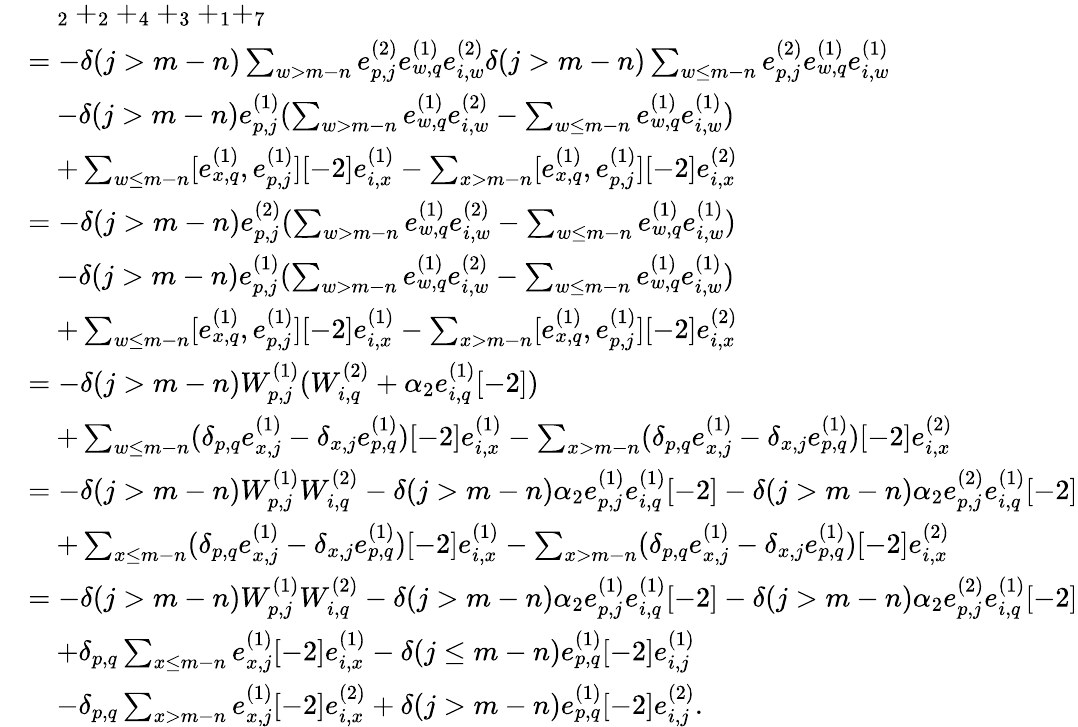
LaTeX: \begin{array}{rl}&{\quad_{2}+_{2}+_{4}+_{3}+_{1}+_{7}}\\ &{=-\delta(j>m-n)\sum_{w>m-n}e_{p,j}^{(2)}e_{w,q}^{(1)}e_{i,w}^{(2)}\delta(j>m-n)\sum_{\substack{w\leq m-n}}e_{p,j}^{(2)}e_{w,q}^{(1)}e_{i,w}^{(1)}}\\ &{\quad-\delta(j>m-n)e_{p,j}^{(1)}(\sum_{w>m-n}e_{w,q}^{(1)}e_{i,w}^{(2)}-\sum_{w\leq m-n}e_{w,q}^{(1)}e_{i,w}^{(1)})}\\ &{\quad+\sum_{\substack{w\leq m-n}}[e_{x,q}^{(1)},e_{p,j}^{(1)}][-2]e_{i,x}^{(1)}-\sum_{x>m-n}[e_{x,q}^{(1)},e_{p,j}^{(1)}][-2]e_{i,x}^{(2)}}\\ &{=-\delta(j>m-n)e_{p,j}^{(2)}(\sum_{w>m-n}e_{w,q}^{(1)}e_{i,w}^{(2)}-\sum_{\substack{w\leq m-n}}e_{w,q}^{(1)}e_{i,w}^{(1)})}\\ &{\quad-\delta(j>m-n)e_{p,j}^{(1)}(\sum_{w>m-n}e_{w,q}^{(1)}e_{i,w}^{(2)}-\sum_{w\leq m-n}e_{w,q}^{(1)}e_{i,w}^{(1)})}\\ &{\quad+\sum_{\substack{w\leq m-n}}[e_{x,q}^{(1)},e_{p,j}^{(1)}][-2]e_{i,x}^{(1)}-\sum_{x>m-n}[e_{x,q}^{(1)},e_{p,j}^{(1)}][-2]e_{i,x}^{(2)}}\\ &{=-\delta(j>m-n)W_{p,j}^{(1)}(W_{i,q}^{(2)}+\alpha_{2}e_{i,q}^{(1)}[-2])}\\ &{\quad+\sum_{\substack{w\leq m-n}}(\delta_{p,q}e_{x,j}^{(1)}-\delta_{x,j}e_{p,q}^{(1)})[-2]e_{i,x}^{(1)}-\sum_{x>m-n}(\delta_{p,q}e_{x,j}^{(1)}-\delta_{x,j}e_{p,q}^{(1)})[-2]e_{i,x}^{(2)}}\\ &{=-\delta(j>m-n)W_{p,j}^{(1)}W_{i,q}^{(2)}-\delta(j>m-n)\alpha_{2}e_{p,j}^{(1)}e_{i,q}^{(1)}[-2]-\delta(j>m-n)\alpha_{2}e_{p,j}^{(2)}e_{i,q}^{(1)}[-2]}\\ &{\quad+\sum_{\substack{x\leq m-n}}(\delta_{p,q}e_{x,j}^{(1)}-\delta_{x,j}e_{p,q}^{(1)})[-2]e_{i,x}^{(1)}-\sum_{x>m-n}(\delta_{p,q}e_{x,j}^{(1)}-\delta_{x,j}e_{p,q}^{(1)})[-2]e_{i,x}^{(2)}}\\ &{=-\delta(j>m-n)W_{p,j}^{(1)}W_{i,q}^{(2)}-\delta(j>m-n)\alpha_{2}e_{p,j}^{(1)}e_{i,q}^{(1)}[-2]-\delta(j>m-n)\alpha_{2}e_{p,j}^{(2)}e_{i,q}^{(1)}[-2]}\\ &{\quad+\delta_{p,q}\sum_{\substack{x\leq m-n}}e_{x,j}^{(1)}[-2]e_{i,x}^{(1)}-\delta(j\leq m-n)e_{p,q}^{(1)}[-2]e_{i,j}^{(1)}}\\ &{\quad-\delta_{p,q}\sum_{x>m-n}e_{x,j}^{(1)}[-2]e_{i,x}^{(2)}+\delta(j>m-n)e_{p,q}^{(1)}[-2]e_{i,j}^{(2)}.}\end{array}